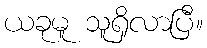
ယခုမူ သူရှိလာပြီ။